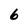
Character: 6